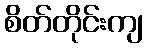
စိတ်တိုင်းကျ